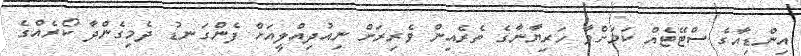
އިންޑިއާގެ ސްޓޭޓެއް ކަމަށްވާ ހަރިޔާނާގެ ތެރެއިން ވެރިރަށް ނިއުދިއްލީއަށް ފެންގަނޑު ދެމިގެންދާ ކޯރެއްގެ